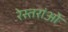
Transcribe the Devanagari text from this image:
रेस्तरांओ